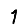
Digit: 1